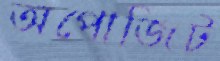
অপোজিট